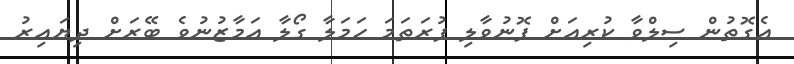
އެގޮތުން ސިލްވާ ކުރިއަށް ފޮނުވާލި ފުރަތަމަ ހަމަލާ ގޯލާ އަމާޒުނުވެ ބޭރަށް ދިޔައިރު